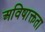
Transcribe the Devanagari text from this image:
अविषाक्तता